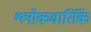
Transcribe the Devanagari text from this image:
श्लोकवार्तिके